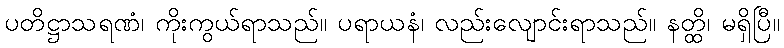
ပတိဋ္ဌာသရဏံ၊ ကိုးကွယ်ရာသည်။ ပရာယနံ၊ လည်းလျောင်းရာသည်။ နတ္ထိ၊ မရှိပြီ။